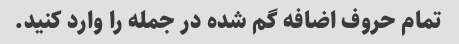
تمام حروف اضافه گم شده در جمله را وارد کنید.